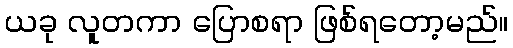
ယခု လူတကာ ပြောစရာ ဖြစ်ရတော့မည်။